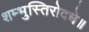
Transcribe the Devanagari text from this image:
शम्भुस्तिरोदधे॥